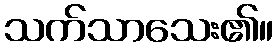
သက်သာသေး၏။